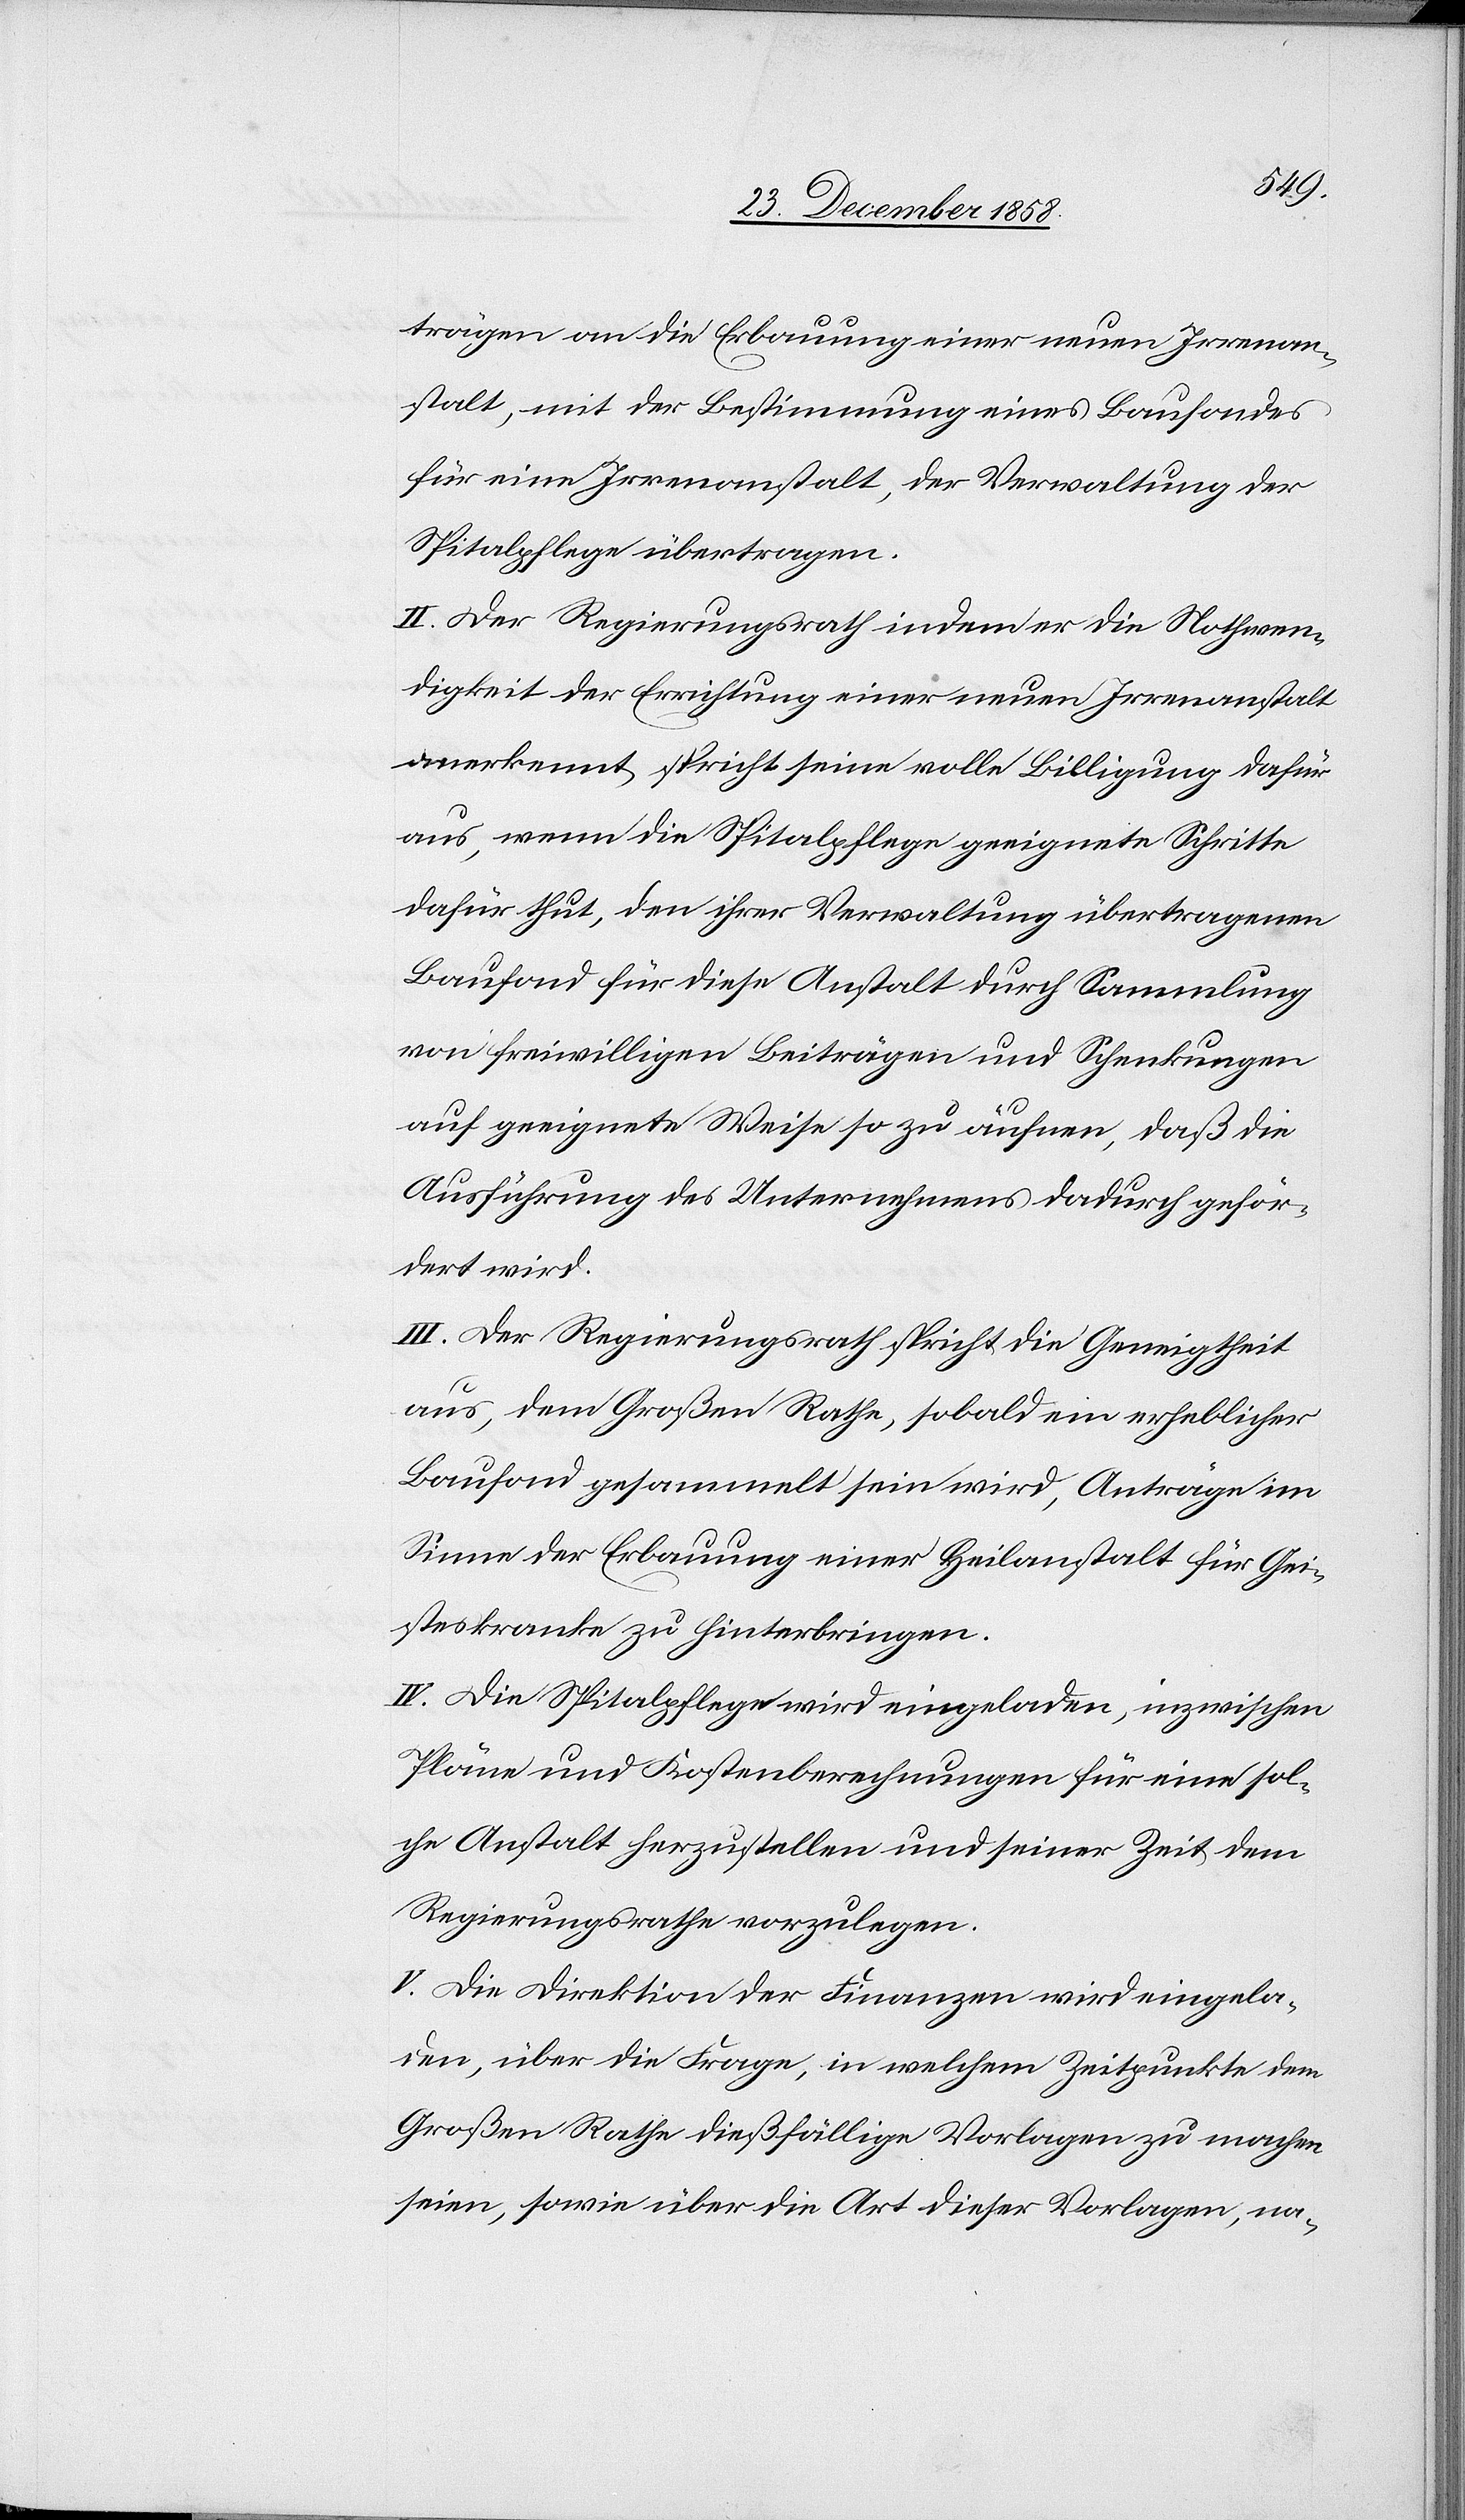
diesen